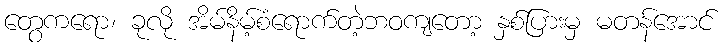
တွေကရော၊ ခုလို အိမ်နိမ့်စံရောက်တဲ့ဘဝကျတော့ နှစ်ပြားမှ မတန်အောင်